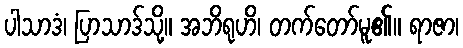
ပါသာဒံ၊ ပြာသာဒ်သို့။ အဘိရုဟိ၊ တက်တော်မူ၏။ ရာဇာ၊